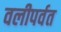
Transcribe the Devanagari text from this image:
वलीपर्वत